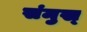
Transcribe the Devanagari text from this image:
संमुख्